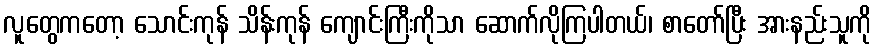
လူတွေကတော့ သောင်းကုန် သိန်းကုန် ကျောင်းကြီးကိုသာ ဆောက်လိုကြပါတယ်၊ စာတော်ပြီး အားနည်းသူကို